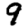
Digit: 9